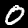
Digit: 0